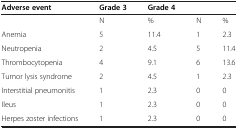
<table><thead><tr><td><b>Adverse event</b></td><td><b>Grade 3</b></td><td><b>Grade 4</b></td><td>[EMPTY_CELL]</td><td>[EMPTY_CELL]</td></tr></thead><tbody><tr><td>[EMPTY_CELL]</td><td>N</td><td>%</td><td>N</td><td>%</td></tr><tr><td>Anemia</td><td>5</td><td>11.4</td><td>1</td><td>2.3</td></tr><tr><td>Neutropenia</td><td>2</td><td>4.5</td><td>5</td><td>11.4</td></tr><tr><td>Thrombocytopenia</td><td>4</td><td>9.1</td><td>6</td><td>13.6</td></tr><tr><td>Tumor lysis syndrome</td><td>2</td><td>4.5</td><td>1</td><td>2.3</td></tr><tr><td>Interstitial pneumonitis</td><td>1</td><td>2.3</td><td>0</td><td>0</td></tr><tr><td>Ileus</td><td>1</td><td>2.3</td><td>0</td><td>0</td></tr><tr><td>Herpes zoster infections</td><td>1</td><td>2.3</td><td>0</td><td>0</td></tr></tbody></table>